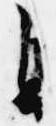
自